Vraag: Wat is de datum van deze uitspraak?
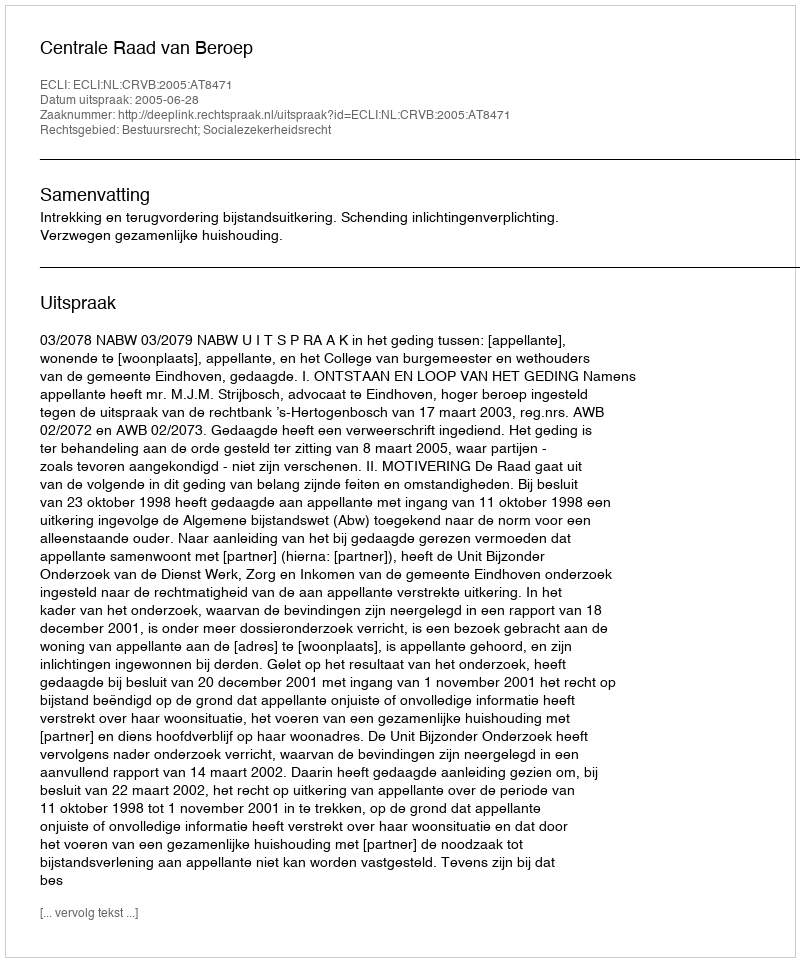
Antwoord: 2005-06-28